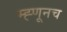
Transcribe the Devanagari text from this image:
म्ह्णूनच